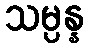
သမ္ပန္န